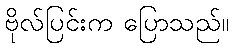
ဗိုလ်ပြင်းက ပြောသည်။